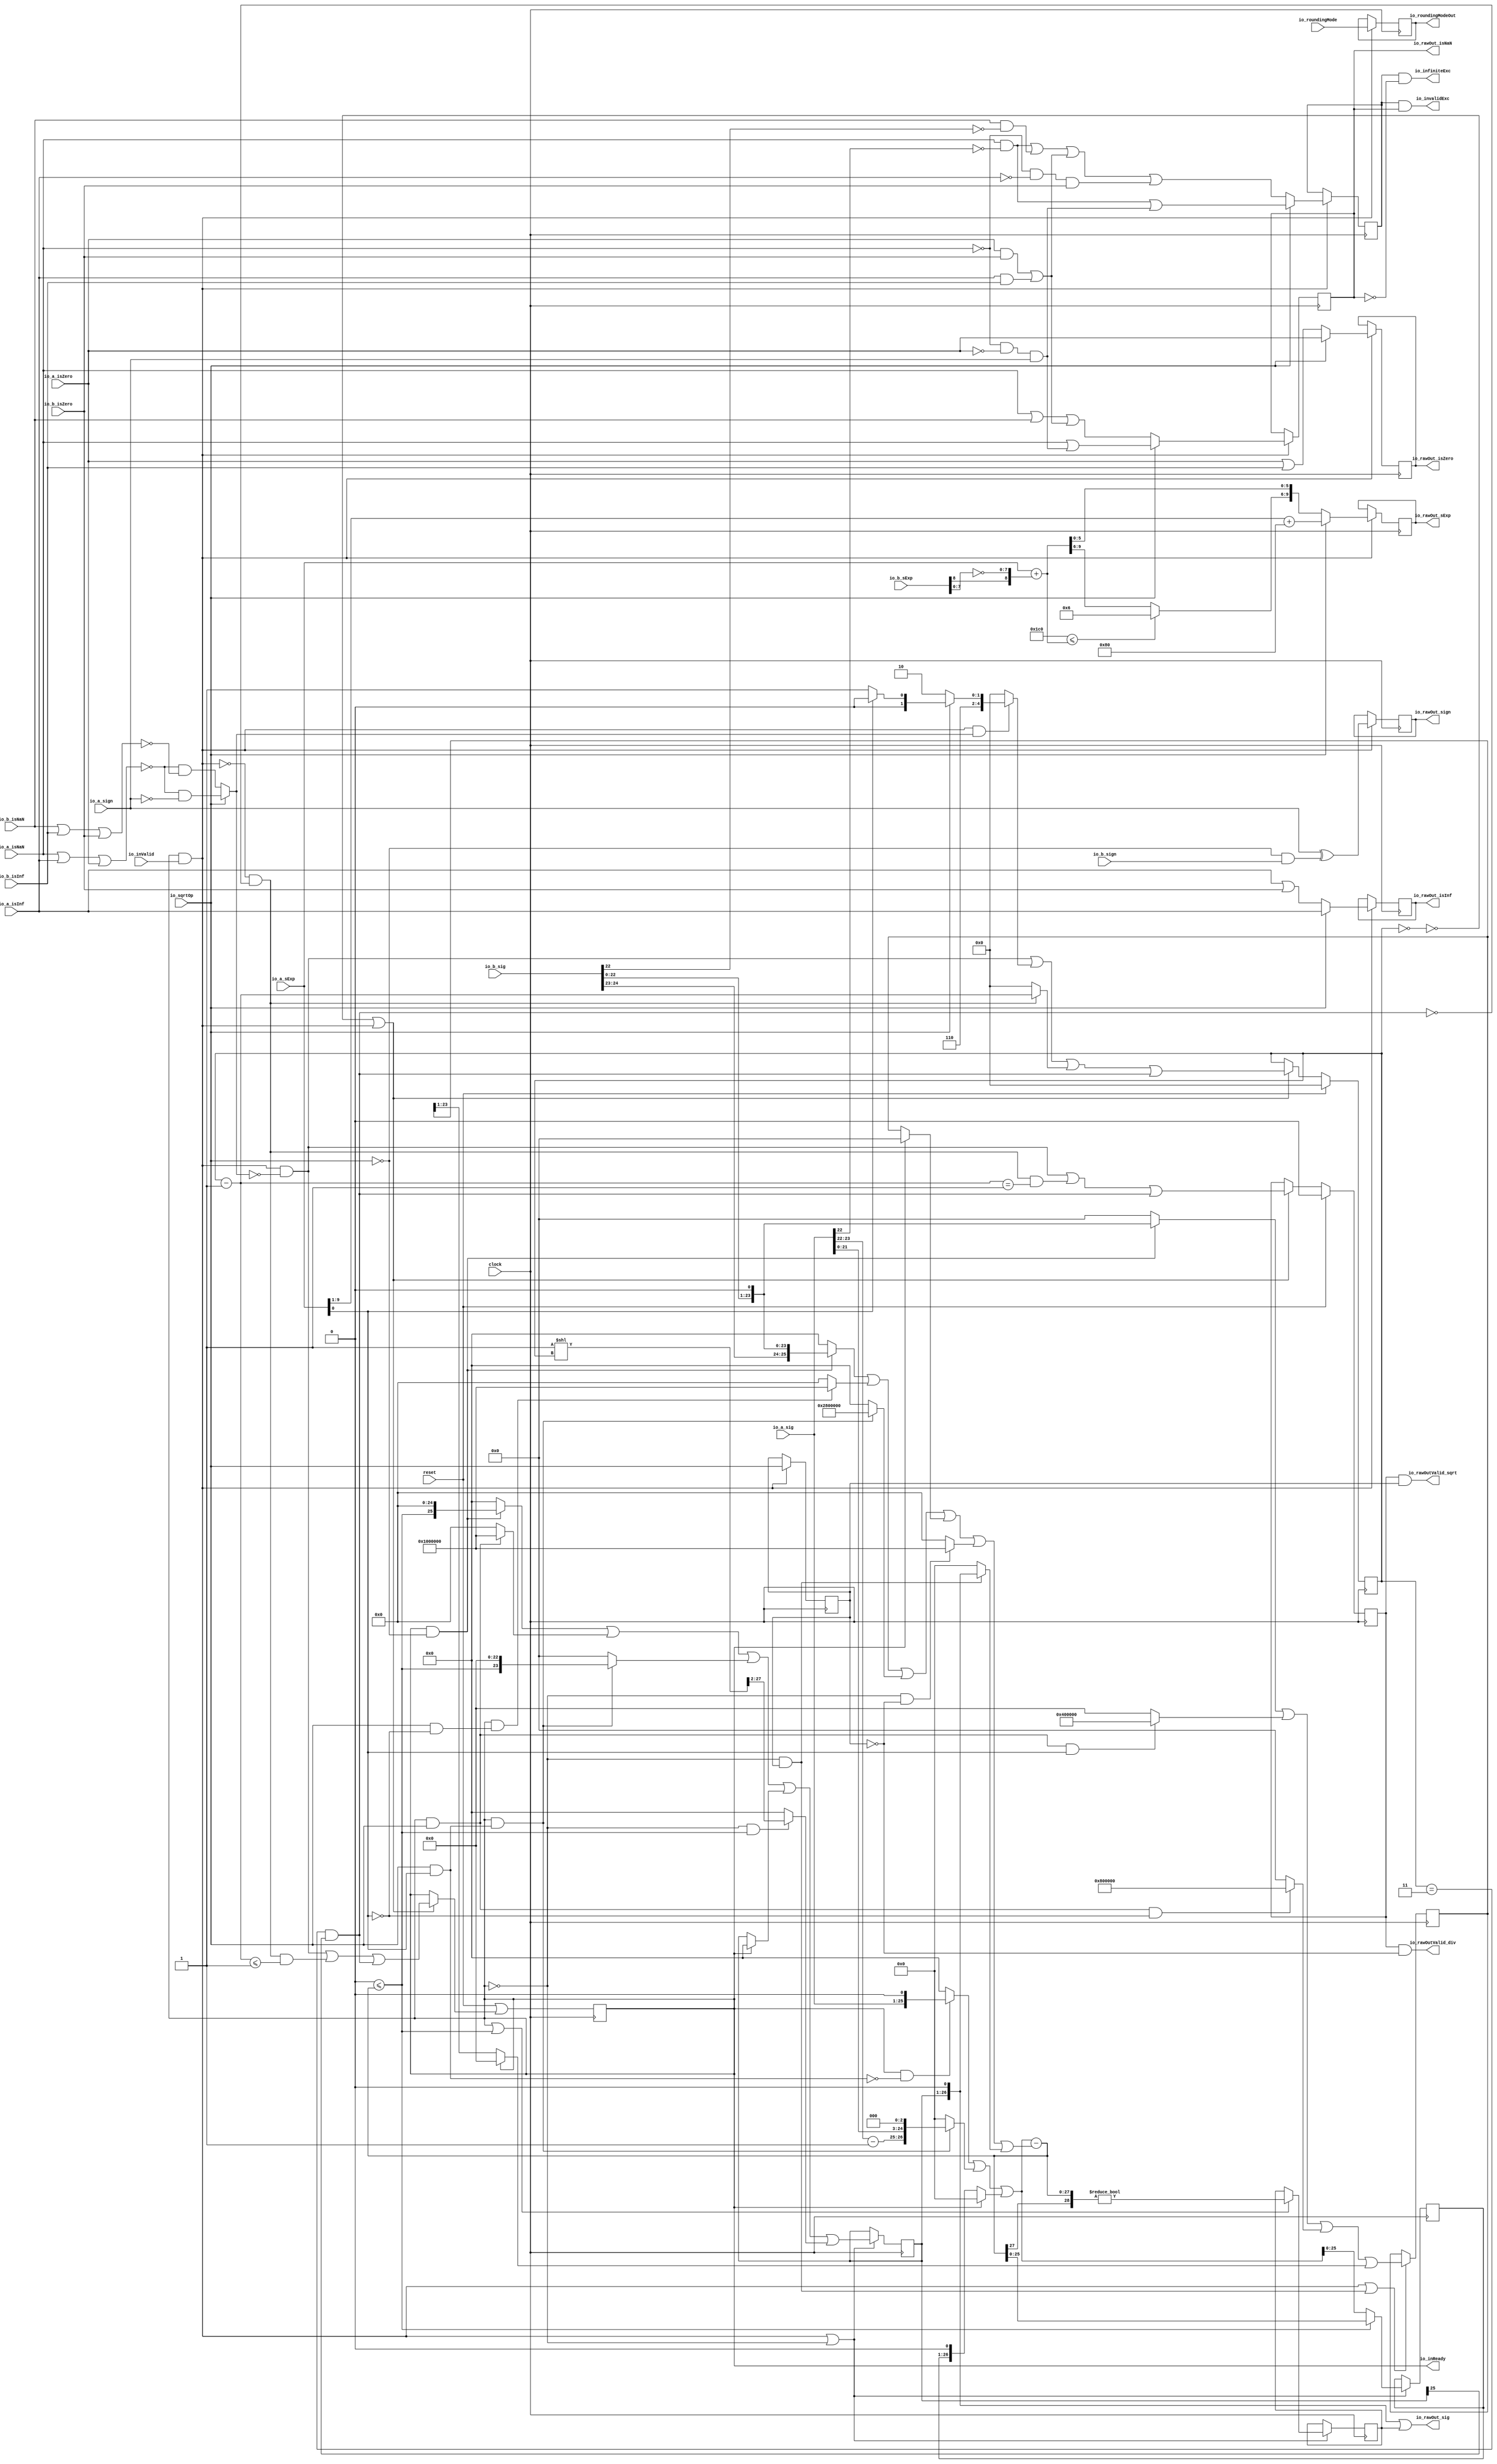
module DivSqrtRawFN_small(
  input         clock,
  input         reset,
  output        io_inReady,
  input         io_inValid,
  input         io_sqrtOp,
  input         io_a_isNaN,
  input         io_a_isInf,
  input         io_a_isZero,
  input         io_a_sign,
  input  [9:0]  io_a_sExp,
  input  [24:0] io_a_sig,
  input         io_b_isNaN,
  input         io_b_isInf,
  input         io_b_isZero,
  input         io_b_sign,
  input  [9:0]  io_b_sExp,
  input  [24:0] io_b_sig,
  input  [2:0]  io_roundingMode,
  output        io_rawOutValid_div,
  output        io_rawOutValid_sqrt,
  output [2:0]  io_roundingModeOut,
  output        io_invalidExc,
  output        io_infiniteExc,
  output        io_rawOut_isNaN,
  output        io_rawOut_isInf,
  output        io_rawOut_isZero,
  output        io_rawOut_sign,
  output [9:0]  io_rawOut_sExp,
  output [26:0] io_rawOut_sig
);
`ifdef RANDOMIZE_REG_INIT
  reg [31:0] _RAND_0;
  reg [31:0] _RAND_1;
  reg [31:0] _RAND_2;
  reg [31:0] _RAND_3;
  reg [31:0] _RAND_4;
  reg [31:0] _RAND_5;
  reg [31:0] _RAND_6;
  reg [31:0] _RAND_7;
  reg [31:0] _RAND_8;
  reg [31:0] _RAND_9;
  reg [31:0] _RAND_10;
  reg [31:0] _RAND_11;
  reg [31:0] _RAND_12;
  reg [31:0] _RAND_13;
  reg [31:0] _RAND_14;
`endif // RANDOMIZE_REG_INIT
  reg [4:0] cycleNum; // @[DivSqrtRecFN_small.scala 223:33]
  reg  inReady; // @[DivSqrtRecFN_small.scala 224:33]
  reg  rawOutValid; // @[DivSqrtRecFN_small.scala 225:33]
  reg  sqrtOp_Z; // @[DivSqrtRecFN_small.scala 227:29]
  reg  majorExc_Z; // @[DivSqrtRecFN_small.scala 228:29]
  reg  isNaN_Z; // @[DivSqrtRecFN_small.scala 230:29]
  reg  isInf_Z; // @[DivSqrtRecFN_small.scala 231:29]
  reg  isZero_Z; // @[DivSqrtRecFN_small.scala 232:29]
  reg  sign_Z; // @[DivSqrtRecFN_small.scala 233:29]
  reg [9:0] sExp_Z; // @[DivSqrtRecFN_small.scala 234:29]
  reg [23:0] fractB_Z; // @[DivSqrtRecFN_small.scala 235:29]
  reg [2:0] roundingMode_Z; // @[DivSqrtRecFN_small.scala 236:29]
  reg [25:0] rem_Z; // @[DivSqrtRecFN_small.scala 242:29]
  reg  notZeroRem_Z; // @[DivSqrtRecFN_small.scala 243:29]
  reg [25:0] sigX_Z; // @[DivSqrtRecFN_small.scala 244:29]
  wire  notSigNaNIn_invalidExc_S_div = io_a_isZero & io_b_isZero | io_a_isInf & io_b_isInf; // @[DivSqrtRecFN_small.scala 253:42]
  wire  _notSigNaNIn_invalidExc_S_sqrt_T = ~io_a_isNaN; // @[DivSqrtRecFN_small.scala 255:9]
  wire  notSigNaNIn_invalidExc_S_sqrt = ~io_a_isNaN & ~io_a_isZero & io_a_sign; // @[DivSqrtRecFN_small.scala 255:43]
  wire  _majorExc_S_T_2 = io_a_isNaN & ~io_a_sig[22]; // @[common.scala 82:46]
  wire  _majorExc_S_T_3 = _majorExc_S_T_2 | notSigNaNIn_invalidExc_S_sqrt; // @[DivSqrtRecFN_small.scala 258:38]
  wire  _majorExc_S_T_9 = io_b_isNaN & ~io_b_sig[22]; // @[common.scala 82:46]
  wire  _majorExc_S_T_11 = _majorExc_S_T_2 | _majorExc_S_T_9 | notSigNaNIn_invalidExc_S_div; // @[DivSqrtRecFN_small.scala 259:66]
  wire  _majorExc_S_T_15 = _notSigNaNIn_invalidExc_S_sqrt_T & ~io_a_isInf & io_b_isZero; // @[DivSqrtRecFN_small.scala 261:51]
  wire  _majorExc_S_T_16 = _majorExc_S_T_11 | _majorExc_S_T_15; // @[DivSqrtRecFN_small.scala 260:46]
  wire  _isNaN_S_T = io_a_isNaN | notSigNaNIn_invalidExc_S_sqrt; // @[DivSqrtRecFN_small.scala 265:26]
  wire  _isNaN_S_T_2 = io_a_isNaN | io_b_isNaN | notSigNaNIn_invalidExc_S_div; // @[DivSqrtRecFN_small.scala 266:42]
  wire  _sign_S_T = ~io_sqrtOp; // @[DivSqrtRecFN_small.scala 270:33]
  wire  sign_S = io_a_sign ^ ~io_sqrtOp & io_b_sign; // @[DivSqrtRecFN_small.scala 270:30]
  wire  specialCaseA_S = io_a_isNaN | io_a_isInf | io_a_isZero; // @[DivSqrtRecFN_small.scala 272:55]
  wire  specialCaseB_S = io_b_isNaN | io_b_isInf | io_b_isZero; // @[DivSqrtRecFN_small.scala 273:55]
  wire  _normalCase_S_div_T = ~specialCaseA_S; // @[DivSqrtRecFN_small.scala 274:28]
  wire  normalCase_S_div = ~specialCaseA_S & ~specialCaseB_S; // @[DivSqrtRecFN_small.scala 274:45]
  wire  normalCase_S_sqrt = _normalCase_S_div_T & ~io_a_sign; // @[DivSqrtRecFN_small.scala 275:46]
  wire  normalCase_S = io_sqrtOp ? normalCase_S_sqrt : normalCase_S_div; // @[DivSqrtRecFN_small.scala 276:27]
  wire [7:0] _sExpQuot_S_div_T_2 = ~io_b_sExp[7:0]; // @[DivSqrtRecFN_small.scala 280:40]
  wire [8:0] _sExpQuot_S_div_T_4 = {io_b_sExp[8],_sExpQuot_S_div_T_2}; // @[DivSqrtRecFN_small.scala 280:71]
  wire [9:0] _GEN_15 = {{1{_sExpQuot_S_div_T_4[8]}},_sExpQuot_S_div_T_4}; // @[DivSqrtRecFN_small.scala 279:21]
  wire [10:0] sExpQuot_S_div = $signed(io_a_sExp) + $signed(_GEN_15); // @[DivSqrtRecFN_small.scala 279:21]
  wire [3:0] _sSatExpQuot_S_div_T_2 = 11'sh1c0 <= $signed(sExpQuot_S_div) ? 4'h6 : sExpQuot_S_div[9:6]; // @[DivSqrtRecFN_small.scala 283:16]
  wire [9:0] sSatExpQuot_S_div = {_sSatExpQuot_S_div_T_2,sExpQuot_S_div[5:0]}; // @[DivSqrtRecFN_small.scala 288:11]
  wire  _evenSqrt_S_T_1 = ~io_a_sExp[0]; // @[DivSqrtRecFN_small.scala 290:35]
  wire  evenSqrt_S = io_sqrtOp & ~io_a_sExp[0]; // @[DivSqrtRecFN_small.scala 290:32]
  wire  oddSqrt_S = io_sqrtOp & io_a_sExp[0]; // @[DivSqrtRecFN_small.scala 291:32]
  wire  idle = cycleNum == 5'h0; // @[DivSqrtRecFN_small.scala 295:25]
  wire  entering = inReady & io_inValid; // @[DivSqrtRecFN_small.scala 296:28]
  wire  entering_normalCase = entering & normalCase_S; // @[DivSqrtRecFN_small.scala 297:40]
  wire  skipCycle2 = cycleNum == 5'h3 & sigX_Z[25]; // @[DivSqrtRecFN_small.scala 300:39]
  wire  _inReady_T_1 = entering & ~normalCase_S; // @[DivSqrtRecFN_small.scala 304:26]
  wire [4:0] _inReady_T_17 = cycleNum - 5'h1; // @[DivSqrtRecFN_small.scala 312:56]
  wire  _inReady_T_18 = _inReady_T_17 <= 5'h1; // @[DivSqrtRecFN_small.scala 316:38]
  wire  _inReady_T_19 = ~entering & ~skipCycle2 & _inReady_T_18; // @[DivSqrtRecFN_small.scala 312:16]
  wire  _inReady_T_20 = _inReady_T_1 | _inReady_T_19; // @[DivSqrtRecFN_small.scala 311:15]
  wire  _inReady_T_23 = _inReady_T_20 | skipCycle2; // @[DivSqrtRecFN_small.scala 312:95]
  wire  _rawOutValid_T_18 = _inReady_T_17 == 5'h1; // @[DivSqrtRecFN_small.scala 317:42]
  wire  _rawOutValid_T_19 = ~entering & ~skipCycle2 & _rawOutValid_T_18; // @[DivSqrtRecFN_small.scala 312:16]
  wire  _rawOutValid_T_20 = _inReady_T_1 | _rawOutValid_T_19; // @[DivSqrtRecFN_small.scala 311:15]
  wire  _rawOutValid_T_23 = _rawOutValid_T_20 | skipCycle2; // @[DivSqrtRecFN_small.scala 312:95]
  wire [4:0] _cycleNum_T_4 = io_a_sExp[0] ? 5'h18 : 5'h19; // @[DivSqrtRecFN_small.scala 307:24]
  wire [4:0] _cycleNum_T_5 = io_sqrtOp ? _cycleNum_T_4 : 5'h1a; // @[DivSqrtRecFN_small.scala 306:20]
  wire [4:0] _cycleNum_T_6 = entering_normalCase ? _cycleNum_T_5 : 5'h0; // @[DivSqrtRecFN_small.scala 305:16]
  wire [4:0] _GEN_16 = {{4'd0}, _inReady_T_1}; // @[DivSqrtRecFN_small.scala 304:57]
  wire [4:0] _cycleNum_T_7 = _GEN_16 | _cycleNum_T_6; // @[DivSqrtRecFN_small.scala 304:57]
  wire [4:0] _cycleNum_T_14 = ~entering & ~skipCycle2 ? _inReady_T_17 : 5'h0; // @[DivSqrtRecFN_small.scala 312:16]
  wire [4:0] _cycleNum_T_15 = _cycleNum_T_7 | _cycleNum_T_14; // @[DivSqrtRecFN_small.scala 311:15]
  wire [4:0] _GEN_17 = {{4'd0}, skipCycle2}; // @[DivSqrtRecFN_small.scala 312:95]
  wire [4:0] _cycleNum_T_17 = _cycleNum_T_15 | _GEN_17; // @[DivSqrtRecFN_small.scala 312:95]
  wire  _GEN_0 = ~idle | entering ? _inReady_T_23 : inReady; // @[DivSqrtRecFN_small.scala 302:31 316:17 224:33]
  wire [8:0] _sExp_Z_T = io_a_sExp[9:1]; // @[DivSqrtRecFN_small.scala 334:29]
  wire [9:0] _sExp_Z_T_1 = $signed(_sExp_Z_T) + 9'sh80; // @[DivSqrtRecFN_small.scala 334:34]
  wire  _T_2 = ~inReady; // @[DivSqrtRecFN_small.scala 339:23]
  wire  _T_3 = ~inReady & sqrtOp_Z; // @[DivSqrtRecFN_small.scala 339:33]
  wire  _fractB_Z_T_1 = inReady & _sign_S_T; // @[DivSqrtRecFN_small.scala 341:25]
  wire [23:0] _fractB_Z_T_3 = {io_b_sig[22:0], 1'h0}; // @[DivSqrtRecFN_small.scala 341:90]
  wire [23:0] _fractB_Z_T_4 = inReady & _sign_S_T ? _fractB_Z_T_3 : 24'h0; // @[DivSqrtRecFN_small.scala 341:16]
  wire  _fractB_Z_T_5 = inReady & io_sqrtOp; // @[DivSqrtRecFN_small.scala 342:25]
  wire [22:0] _fractB_Z_T_8 = inReady & io_sqrtOp & io_a_sExp[0] ? 23'h400000 : 23'h0; // @[DivSqrtRecFN_small.scala 342:16]
  wire [23:0] _GEN_18 = {{1'd0}, _fractB_Z_T_8}; // @[DivSqrtRecFN_small.scala 341:100]
  wire [23:0] _fractB_Z_T_9 = _fractB_Z_T_4 | _GEN_18; // @[DivSqrtRecFN_small.scala 341:100]
  wire [23:0] _fractB_Z_T_14 = _fractB_Z_T_5 & _evenSqrt_S_T_1 ? 24'h800000 : 24'h0; // @[DivSqrtRecFN_small.scala 343:16]
  wire [23:0] _fractB_Z_T_15 = _fractB_Z_T_9 | _fractB_Z_T_14; // @[DivSqrtRecFN_small.scala 342:100]
  wire [22:0] _fractB_Z_T_25 = _T_2 ? fractB_Z[23:1] : 23'h0; // @[DivSqrtRecFN_small.scala 345:16]
  wire [23:0] _GEN_19 = {{1'd0}, _fractB_Z_T_25}; // @[DivSqrtRecFN_small.scala 344:100]
  wire [23:0] _fractB_Z_T_26 = _fractB_Z_T_15 | _GEN_19; // @[DivSqrtRecFN_small.scala 344:100]
  wire [25:0] _rem_T_2 = {io_a_sig, 1'h0}; // @[DivSqrtRecFN_small.scala 351:47]
  wire [25:0] _rem_T_3 = inReady & ~oddSqrt_S ? _rem_T_2 : 26'h0; // @[DivSqrtRecFN_small.scala 351:12]
  wire  _rem_T_4 = inReady & oddSqrt_S; // @[DivSqrtRecFN_small.scala 352:21]
  wire [1:0] _rem_T_7 = io_a_sig[23:22] - 2'h1; // @[DivSqrtRecFN_small.scala 353:56]
  wire [24:0] _rem_T_9 = {io_a_sig[21:0], 3'h0}; // @[DivSqrtRecFN_small.scala 354:44]
  wire [26:0] _rem_T_10 = {_rem_T_7,_rem_T_9}; // @[Cat.scala 31:58]
  wire [26:0] _rem_T_11 = inReady & oddSqrt_S ? _rem_T_10 : 27'h0; // @[DivSqrtRecFN_small.scala 352:12]
  wire [26:0] _GEN_20 = {{1'd0}, _rem_T_3}; // @[DivSqrtRecFN_small.scala 351:57]
  wire [26:0] _rem_T_12 = _GEN_20 | _rem_T_11; // @[DivSqrtRecFN_small.scala 351:57]
  wire [26:0] _rem_T_14 = {rem_Z, 1'h0}; // @[DivSqrtRecFN_small.scala 358:29]
  wire [26:0] _rem_T_15 = _T_2 ? _rem_T_14 : 27'h0; // @[DivSqrtRecFN_small.scala 358:12]
  wire [26:0] rem = _rem_T_12 | _rem_T_15; // @[DivSqrtRecFN_small.scala 357:11]
  wire [31:0] _bitMask_T = 32'h1 << cycleNum; // @[DivSqrtRecFN_small.scala 359:23]
  wire [29:0] bitMask = _bitMask_T[31:2]; // @[DivSqrtRecFN_small.scala 359:34]
  wire [25:0] _trialTerm_T_2 = {io_b_sig, 1'h0}; // @[DivSqrtRecFN_small.scala 361:48]
  wire [25:0] _trialTerm_T_3 = _fractB_Z_T_1 ? _trialTerm_T_2 : 26'h0; // @[DivSqrtRecFN_small.scala 361:12]
  wire [24:0] _trialTerm_T_5 = inReady & evenSqrt_S ? 25'h1000000 : 25'h0; // @[DivSqrtRecFN_small.scala 362:12]
  wire [25:0] _GEN_21 = {{1'd0}, _trialTerm_T_5}; // @[DivSqrtRecFN_small.scala 361:74]
  wire [25:0] _trialTerm_T_6 = _trialTerm_T_3 | _GEN_21; // @[DivSqrtRecFN_small.scala 361:74]
  wire [25:0] _trialTerm_T_8 = _rem_T_4 ? 26'h2800000 : 26'h0; // @[DivSqrtRecFN_small.scala 363:12]
  wire [25:0] _trialTerm_T_9 = _trialTerm_T_6 | _trialTerm_T_8; // @[DivSqrtRecFN_small.scala 362:74]
  wire [23:0] _trialTerm_T_11 = _T_2 ? fractB_Z : 24'h0; // @[DivSqrtRecFN_small.scala 364:12]
  wire [25:0] _GEN_22 = {{2'd0}, _trialTerm_T_11}; // @[DivSqrtRecFN_small.scala 363:74]
  wire [25:0] _trialTerm_T_12 = _trialTerm_T_9 | _GEN_22; // @[DivSqrtRecFN_small.scala 363:74]
  wire  _trialTerm_T_14 = ~sqrtOp_Z; // @[DivSqrtRecFN_small.scala 365:26]
  wire [24:0] _trialTerm_T_17 = _T_2 & ~sqrtOp_Z ? 25'h1000000 : 25'h0; // @[DivSqrtRecFN_small.scala 365:12]
  wire [25:0] _GEN_23 = {{1'd0}, _trialTerm_T_17}; // @[DivSqrtRecFN_small.scala 364:74]
  wire [25:0] _trialTerm_T_18 = _trialTerm_T_12 | _GEN_23; // @[DivSqrtRecFN_small.scala 364:74]
  wire [26:0] _trialTerm_T_21 = {sigX_Z, 1'h0}; // @[DivSqrtRecFN_small.scala 366:44]
  wire [26:0] _trialTerm_T_22 = _T_3 ? _trialTerm_T_21 : 27'h0; // @[DivSqrtRecFN_small.scala 366:12]
  wire [26:0] _GEN_24 = {{1'd0}, _trialTerm_T_18}; // @[DivSqrtRecFN_small.scala 365:74]
  wire [26:0] trialTerm = _GEN_24 | _trialTerm_T_22; // @[DivSqrtRecFN_small.scala 365:74]
  wire [27:0] _trialRem_T = {1'b0,$signed(rem)}; // @[DivSqrtRecFN_small.scala 367:24]
  wire [27:0] _trialRem_T_1 = {1'b0,$signed(trialTerm)}; // @[DivSqrtRecFN_small.scala 367:42]
  wire [28:0] trialRem = $signed(_trialRem_T) - $signed(_trialRem_T_1); // @[DivSqrtRecFN_small.scala 367:29]
  wire  newBit = 29'sh0 <= $signed(trialRem); // @[DivSqrtRecFN_small.scala 368:23]
  wire [28:0] _nextRem_Z_T = $signed(_trialRem_T) - $signed(_trialRem_T_1); // @[DivSqrtRecFN_small.scala 370:42]
  wire [28:0] _nextRem_Z_T_1 = newBit ? _nextRem_Z_T : {{2'd0}, rem}; // @[DivSqrtRecFN_small.scala 370:24]
  wire [25:0] nextRem_Z = _nextRem_Z_T_1[25:0]; // @[DivSqrtRecFN_small.scala 370:54]
  wire [25:0] _sigX_Z_T_2 = {newBit, 25'h0}; // @[DivSqrtRecFN_small.scala 393:50]
  wire [25:0] _sigX_Z_T_3 = _fractB_Z_T_1 ? _sigX_Z_T_2 : 26'h0; // @[DivSqrtRecFN_small.scala 393:16]
  wire [24:0] _sigX_Z_T_5 = _fractB_Z_T_5 ? 25'h1000000 : 25'h0; // @[DivSqrtRecFN_small.scala 394:16]
  wire [25:0] _GEN_30 = {{1'd0}, _sigX_Z_T_5}; // @[DivSqrtRecFN_small.scala 393:74]
  wire [25:0] _sigX_Z_T_6 = _sigX_Z_T_3 | _GEN_30; // @[DivSqrtRecFN_small.scala 393:74]
  wire [23:0] _sigX_Z_T_8 = {newBit, 23'h0}; // @[DivSqrtRecFN_small.scala 395:50]
  wire [23:0] _sigX_Z_T_9 = _rem_T_4 ? _sigX_Z_T_8 : 24'h0; // @[DivSqrtRecFN_small.scala 395:16]
  wire [25:0] _GEN_31 = {{2'd0}, _sigX_Z_T_9}; // @[DivSqrtRecFN_small.scala 394:74]
  wire [25:0] _sigX_Z_T_10 = _sigX_Z_T_6 | _GEN_31; // @[DivSqrtRecFN_small.scala 394:74]
  wire [25:0] _sigX_Z_T_12 = _T_2 ? sigX_Z : 26'h0; // @[DivSqrtRecFN_small.scala 396:16]
  wire [25:0] _sigX_Z_T_13 = _sigX_Z_T_10 | _sigX_Z_T_12; // @[DivSqrtRecFN_small.scala 395:74]
  wire [29:0] _sigX_Z_T_16 = _T_2 & newBit ? bitMask : 30'h0; // @[DivSqrtRecFN_small.scala 397:16]
  wire [29:0] _GEN_32 = {{4'd0}, _sigX_Z_T_13}; // @[DivSqrtRecFN_small.scala 396:74]
  wire [29:0] _sigX_Z_T_17 = _GEN_32 | _sigX_Z_T_16; // @[DivSqrtRecFN_small.scala 396:74]
  wire [29:0] _GEN_14 = entering | _T_2 ? _sigX_Z_T_17 : {{4'd0}, sigX_Z}; // @[DivSqrtRecFN_small.scala 389:34 392:16 244:29]
  wire [26:0] _GEN_33 = {{26'd0}, notZeroRem_Z}; // @[DivSqrtRecFN_small.scala 413:35]
  assign io_inReady = inReady; // @[DivSqrtRecFN_small.scala 321:16]
  assign io_rawOutValid_div = rawOutValid & _trialTerm_T_14; // @[DivSqrtRecFN_small.scala 403:40]
  assign io_rawOutValid_sqrt = rawOutValid & sqrtOp_Z; // @[DivSqrtRecFN_small.scala 404:40]
  assign io_roundingModeOut = roundingMode_Z; // @[DivSqrtRecFN_small.scala 405:25]
  assign io_invalidExc = majorExc_Z & isNaN_Z; // @[DivSqrtRecFN_small.scala 406:36]
  assign io_infiniteExc = majorExc_Z & ~isNaN_Z; // @[DivSqrtRecFN_small.scala 407:36]
  assign io_rawOut_isNaN = isNaN_Z; // @[DivSqrtRecFN_small.scala 408:22]
  assign io_rawOut_isInf = isInf_Z; // @[DivSqrtRecFN_small.scala 409:22]
  assign io_rawOut_isZero = isZero_Z; // @[DivSqrtRecFN_small.scala 410:22]
  assign io_rawOut_sign = sign_Z; // @[DivSqrtRecFN_small.scala 411:22]
  assign io_rawOut_sExp = sExp_Z; // @[DivSqrtRecFN_small.scala 412:22]
  assign io_rawOut_sig = _trialTerm_T_21 | _GEN_33; // @[DivSqrtRecFN_small.scala 413:35]
  always @(posedge clock) begin
    if (reset) begin // @[DivSqrtRecFN_small.scala 223:33]
      cycleNum <= 5'h0; // @[DivSqrtRecFN_small.scala 223:33]
    end else if (~idle | entering) begin // @[DivSqrtRecFN_small.scala 302:31]
      cycleNum <= _cycleNum_T_17; // @[DivSqrtRecFN_small.scala 318:18]
    end
    inReady <= reset | _GEN_0; // @[DivSqrtRecFN_small.scala 224:{33,33}]
    if (reset) begin // @[DivSqrtRecFN_small.scala 225:33]
      rawOutValid <= 1'h0; // @[DivSqrtRecFN_small.scala 225:33]
    end else if (~idle | entering) begin // @[DivSqrtRecFN_small.scala 302:31]
      rawOutValid <= _rawOutValid_T_23; // @[DivSqrtRecFN_small.scala 317:21]
    end
    if (entering) begin // @[DivSqrtRecFN_small.scala 325:21]
      sqrtOp_Z <= io_sqrtOp; // @[DivSqrtRecFN_small.scala 326:20]
    end
    if (entering) begin // @[DivSqrtRecFN_small.scala 325:21]
      if (io_sqrtOp) begin // @[DivSqrtRecFN_small.scala 257:12]
        majorExc_Z <= _majorExc_S_T_3;
      end else begin
        majorExc_Z <= _majorExc_S_T_16;
      end
    end
    if (entering) begin // @[DivSqrtRecFN_small.scala 325:21]
      if (io_sqrtOp) begin // @[DivSqrtRecFN_small.scala 264:12]
        isNaN_Z <= _isNaN_S_T;
      end else begin
        isNaN_Z <= _isNaN_S_T_2;
      end
    end
    if (entering) begin // @[DivSqrtRecFN_small.scala 325:21]
      if (io_sqrtOp) begin // @[DivSqrtRecFN_small.scala 268:23]
        isInf_Z <= io_a_isInf;
      end else begin
        isInf_Z <= io_a_isInf | io_b_isZero;
      end
    end
    if (entering) begin // @[DivSqrtRecFN_small.scala 325:21]
      if (io_sqrtOp) begin // @[DivSqrtRecFN_small.scala 269:23]
        isZero_Z <= io_a_isZero;
      end else begin
        isZero_Z <= io_a_isZero | io_b_isInf;
      end
    end
    if (entering) begin // @[DivSqrtRecFN_small.scala 325:21]
      sign_Z <= sign_S; // @[DivSqrtRecFN_small.scala 331:20]
    end
    if (entering) begin // @[DivSqrtRecFN_small.scala 325:21]
      if (io_sqrtOp) begin // @[DivSqrtRecFN_small.scala 333:16]
        sExp_Z <= _sExp_Z_T_1;
      end else begin
        sExp_Z <= sSatExpQuot_S_div;
      end
    end
    if (entering | ~inReady & sqrtOp_Z) begin // @[DivSqrtRecFN_small.scala 339:46]
      fractB_Z <= _fractB_Z_T_26; // @[DivSqrtRecFN_small.scala 340:18]
    end
    if (entering) begin // @[DivSqrtRecFN_small.scala 325:21]
      roundingMode_Z <= io_roundingMode; // @[DivSqrtRecFN_small.scala 337:24]
    end
    if (entering | _T_2) begin // @[DivSqrtRecFN_small.scala 389:34]
      rem_Z <= nextRem_Z; // @[DivSqrtRecFN_small.scala 391:15]
    end
    if (entering | _T_2) begin // @[DivSqrtRecFN_small.scala 389:34]
      if (inReady | newBit) begin // @[DivSqrtRecFN_small.scala 379:31]
        notZeroRem_Z <= $signed(trialRem) != 29'sh0;
      end
    end
    sigX_Z <= _GEN_14[25:0];
  end
// Register and memory initialization
`ifdef RANDOMIZE_GARBAGE_ASSIGN
`define RANDOMIZE
`endif
`ifdef RANDOMIZE_INVALID_ASSIGN
`define RANDOMIZE
`endif
`ifdef RANDOMIZE_REG_INIT
`define RANDOMIZE
`endif
`ifdef RANDOMIZE_MEM_INIT
`define RANDOMIZE
`endif
`ifndef RANDOM
`define RANDOM $random
`endif
`ifdef RANDOMIZE_MEM_INIT
  integer initvar;
`endif
`ifndef SYNTHESIS
`ifdef FIRRTL_BEFORE_INITIAL
`FIRRTL_BEFORE_INITIAL
`endif
initial begin
  `ifdef RANDOMIZE
    `ifdef INIT_RANDOM
      `INIT_RANDOM
    `endif
    `ifndef VERILATOR
      `ifdef RANDOMIZE_DELAY
        #`RANDOMIZE_DELAY begin end
      `else
        #0.002 begin end
      `endif
    `endif
`ifdef RANDOMIZE_REG_INIT
  _RAND_0 = {1{`RANDOM}};
  cycleNum = _RAND_0[4:0];
  _RAND_1 = {1{`RANDOM}};
  inReady = _RAND_1[0:0];
  _RAND_2 = {1{`RANDOM}};
  rawOutValid = _RAND_2[0:0];
  _RAND_3 = {1{`RANDOM}};
  sqrtOp_Z = _RAND_3[0:0];
  _RAND_4 = {1{`RANDOM}};
  majorExc_Z = _RAND_4[0:0];
  _RAND_5 = {1{`RANDOM}};
  isNaN_Z = _RAND_5[0:0];
  _RAND_6 = {1{`RANDOM}};
  isInf_Z = _RAND_6[0:0];
  _RAND_7 = {1{`RANDOM}};
  isZero_Z = _RAND_7[0:0];
  _RAND_8 = {1{`RANDOM}};
  sign_Z = _RAND_8[0:0];
  _RAND_9 = {1{`RANDOM}};
  sExp_Z = _RAND_9[9:0];
  _RAND_10 = {1{`RANDOM}};
  fractB_Z = _RAND_10[23:0];
  _RAND_11 = {1{`RANDOM}};
  roundingMode_Z = _RAND_11[2:0];
  _RAND_12 = {1{`RANDOM}};
  rem_Z = _RAND_12[25:0];
  _RAND_13 = {1{`RANDOM}};
  notZeroRem_Z = _RAND_13[0:0];
  _RAND_14 = {1{`RANDOM}};
  sigX_Z = _RAND_14[25:0];
`endif // RANDOMIZE_REG_INIT
  `endif // RANDOMIZE
end // initial
`ifdef FIRRTL_AFTER_INITIAL
`FIRRTL_AFTER_INITIAL
`endif
`endif // SYNTHESIS
endmodule